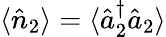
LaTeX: \langle\hat{n}_{2}\rangle=\langle\hat{a}_{2}^{\dagger}\hat{a}_{2}\rangle